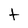
Character: t